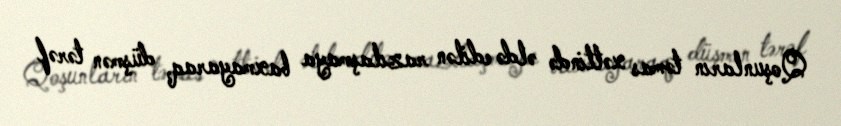
Qoşunların təmas xəttində əldə edilən razılaşmaya baxmayaraq, düşmən tərəf